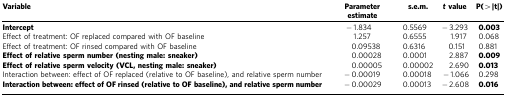
<table><thead><tr><td><b>Variable</b></td><td><b>Parameter estimate</b></td><td><b>s.e.m.</b></td><td><b><i>t</i> value</b></td><td><b>P(&gt;|t|)</b></td></tr></thead><tbody><tr><td><b>Intercept</b></td><td>−1.834</td><td>0.5569</td><td>−3.293</td><td><b>0.003</b></td></tr><tr><td>Effect of treatment: OF replaced compared with OF baseline</td><td>1.257</td><td>0.6555</td><td>1.917</td><td>0.068</td></tr><tr><td>Effect of treatment: OF rinsed compared with OF baseline</td><td>0.09538</td><td>0.6316</td><td>0.151</td><td>0.881</td></tr><tr><td><b>Effect of relative sperm number (nesting male: sneaker)</b></td><td>0.00028</td><td>0.0001</td><td>2.887</td><td><b>0.009</b></td></tr><tr><td><b>Effect of relative sperm velocity (VCL, nesting male: sneaker)</b></td><td>0.00005</td><td>0.00002</td><td>2.690</td><td><b>0.013</b></td></tr><tr><td>Interaction between: effect of OF replaced (relative to OF baseline), and relative sperm number</td><td>−0.00019</td><td>0.00018</td><td>−1.066</td><td>0.298</td></tr><tr><td><b>Interaction between: effect of OF rinsed (relative to OF baseline), and relative sperm number</b></td><td>−0.00029</td><td>0.00013</td><td>−2.608</td><td><b>0.016</b></td></tr></tbody></table>